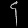
Digit: ၄